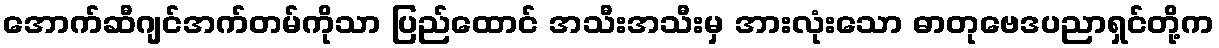
အောက်ဆီဂျင်အက်တမ်ကိုသာ ပြည်ထောင် အသီးအသီးမှ အားလုံးသော ဓာတုဗေဒပညာရှင်တို့က